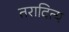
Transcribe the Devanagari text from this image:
तरादित्य